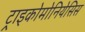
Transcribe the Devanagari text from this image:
ट्राइकोमोनियेसिस